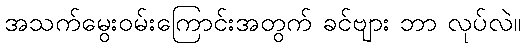
အသက်မွေးဝမ်းကြောင်းအတွက် ခင်ဗျား ဘာ လုပ်လဲ။